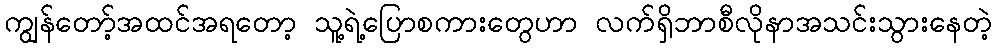
ကျွန်တော့်အထင်အရတော့ သူ့ရဲ့ပြောစကားတွေဟာ လက်ရှိဘာစီလိုနာအသင်းသွားနေတဲ့